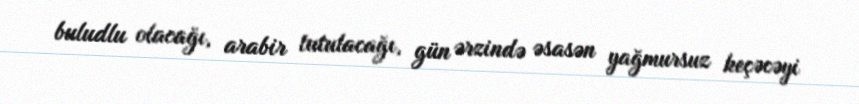
buludlu olacağı, arabir tutulacağı, gün ərzində əsasən yağmursuz keçəcəyi